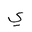
Letter: _ya